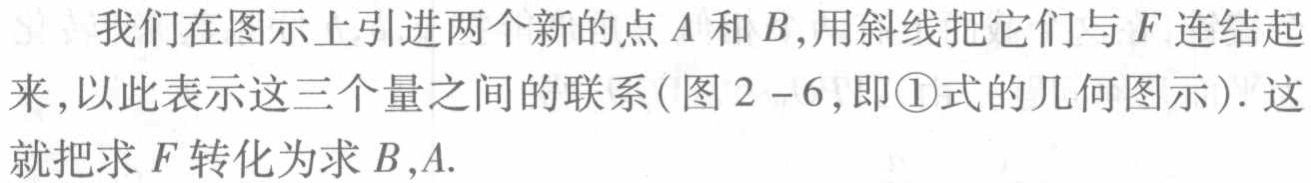
我们在图示上引进两个新的点\(A\)和\(B\),用斜线把它们与\(F\)连结起来,以此表示这三个量之间的联系(图\(2 - 6\),即\textcircled{1}式的几何图示). 这就把求\(F\)转化为求\(B,A\).